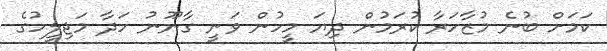
ކަމަށް ބުނެ މުޒާހަރާ ކުރަމުން ދިޔަ މީހުން ވަނީ ގާނޫނު ހަދާ މަޖިލީހުގެ